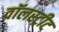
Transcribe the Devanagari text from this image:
वॉलस्ट्रीट